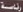
رئاسة